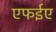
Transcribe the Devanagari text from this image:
एफईए